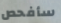
سأفحص